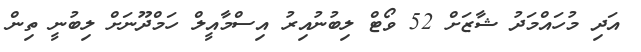
އަދި މުހައްމަދު ޝާޒަށް 52 ވޯޓް ލިބުނުއިރު އިސްމާއީލް ހަމްދޫނަށް ލިބުނީ ތިން